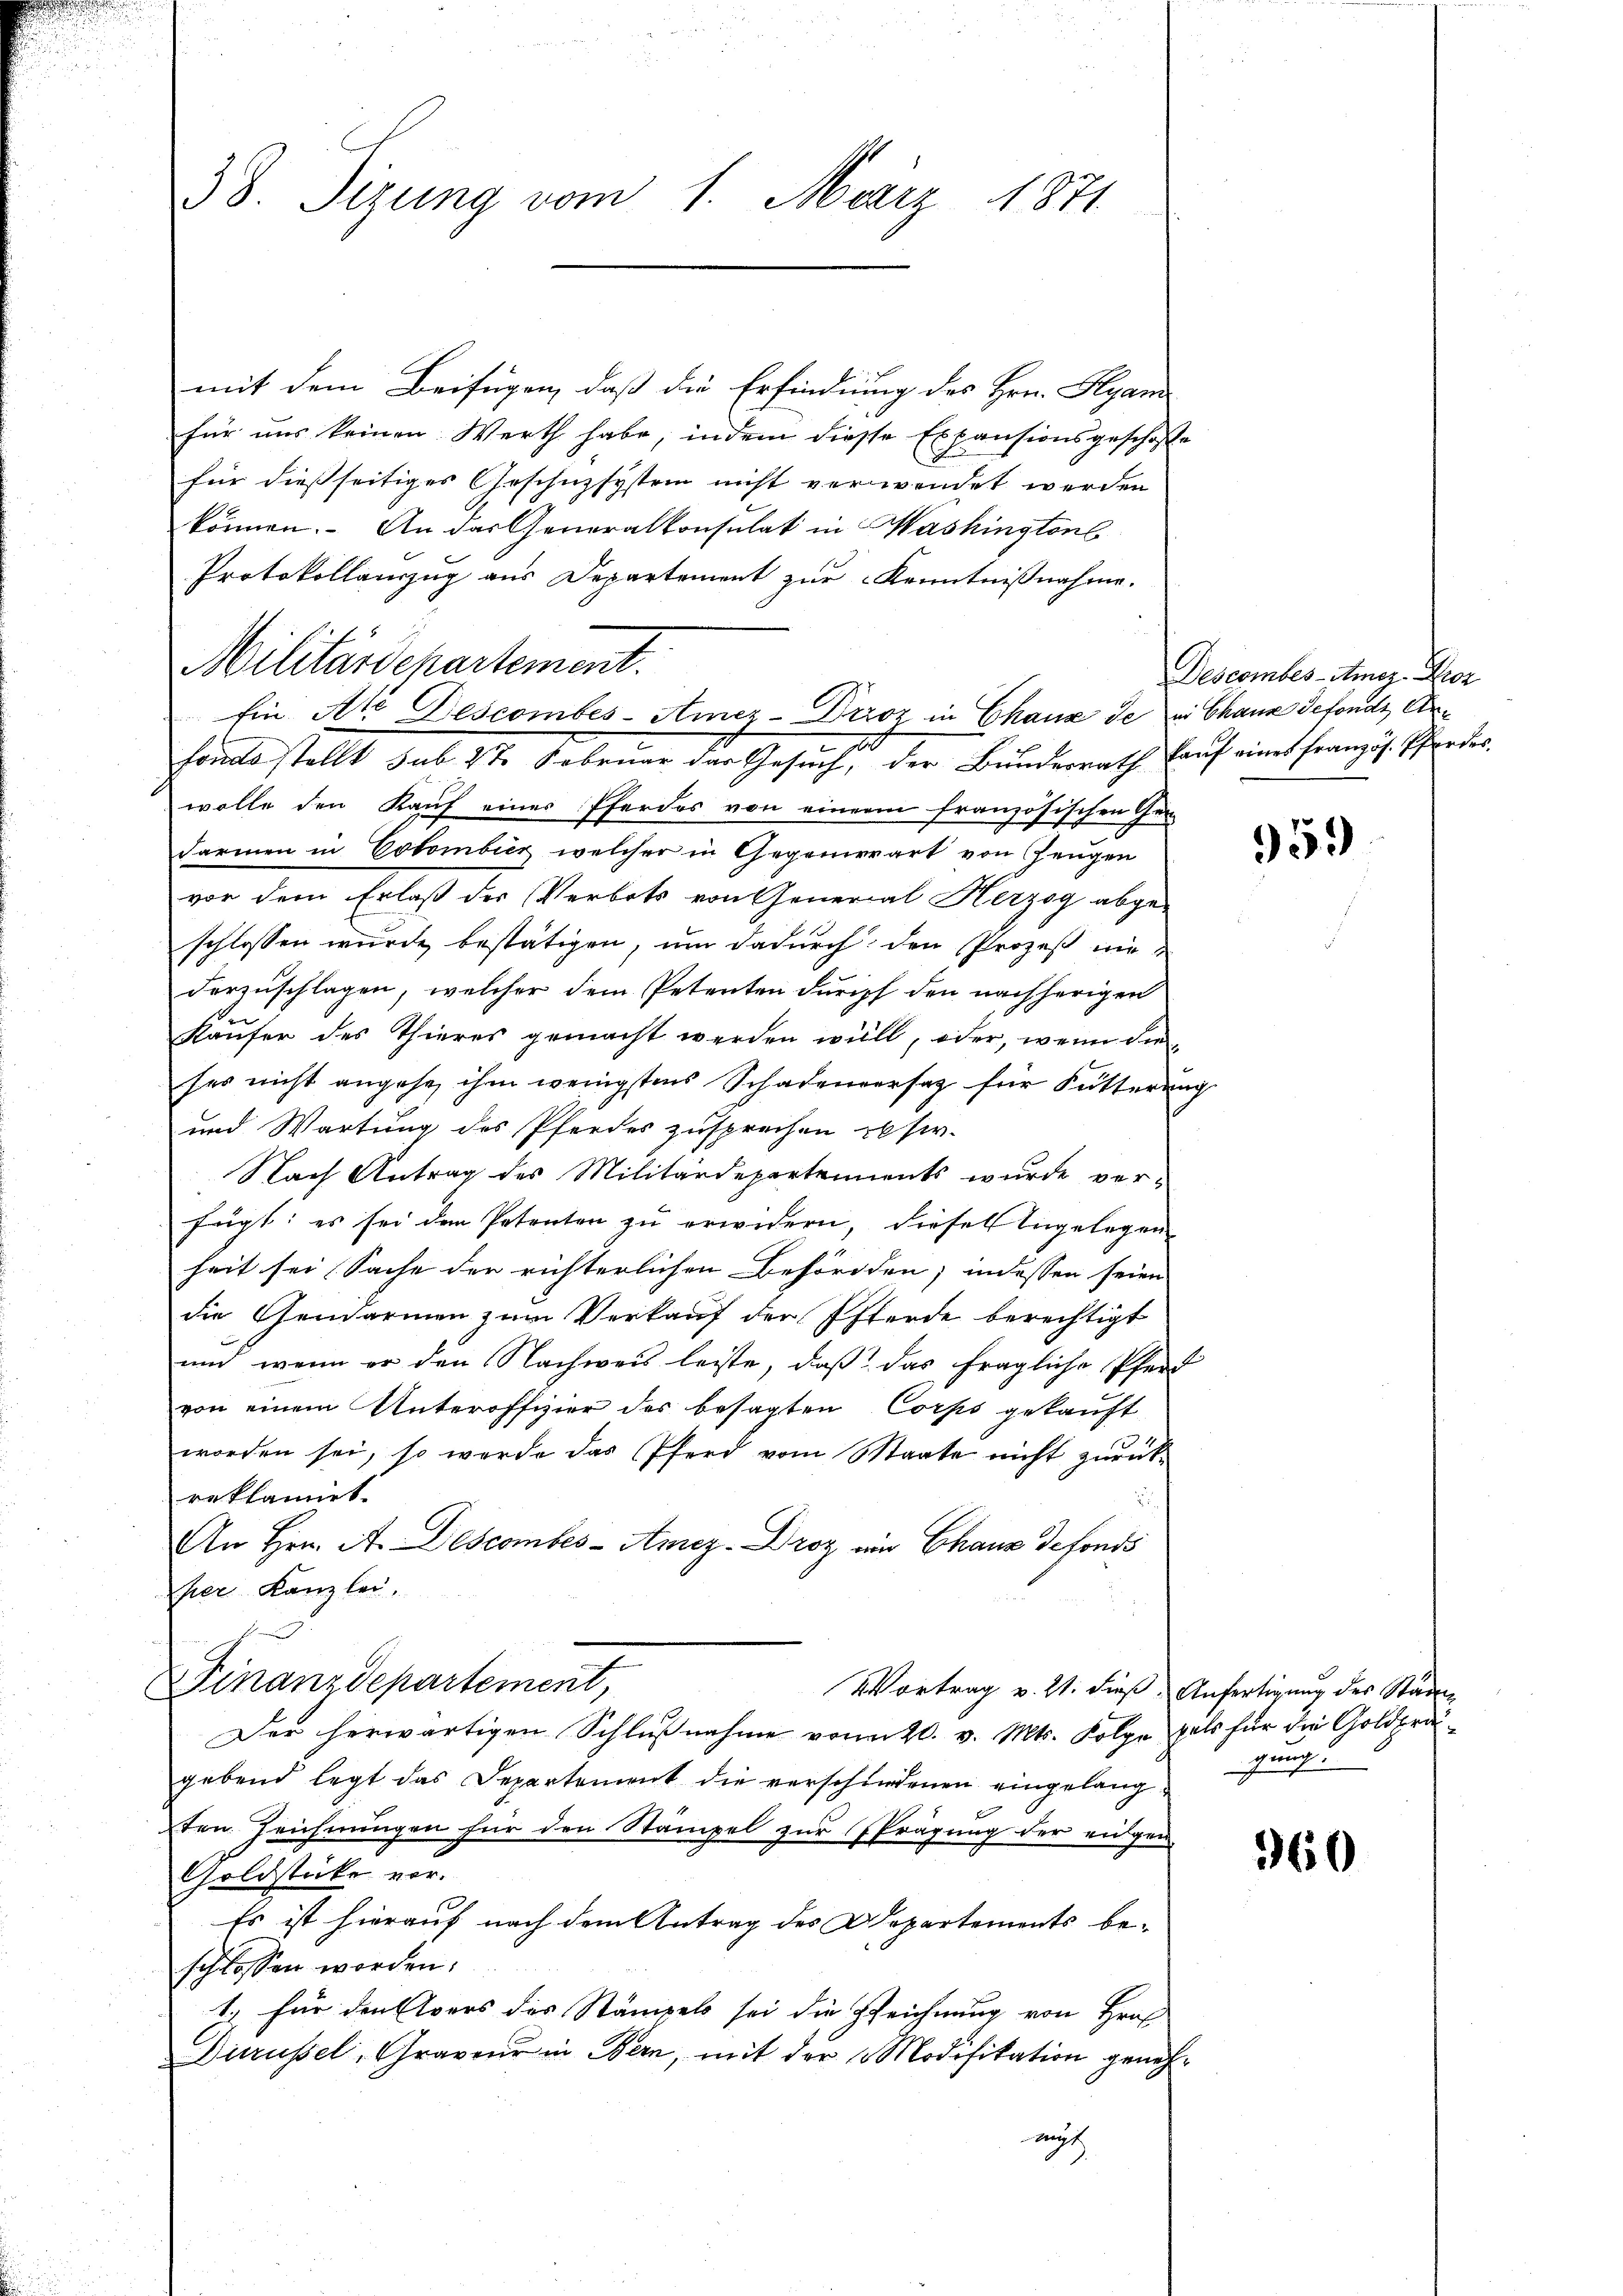
38. Sizung vom 1. März 1871

Militärdepartement.

mit dem Beifügen, daß die Erfindung des Hrn. Hlyani
für uns keinen Werth habe, indem diesse Expensionsgeschoffe
für dießseitiges Geschnzsystem nicht verwendet werden
können. An das Generalkonsulat in Washington
Protokollanzug aus Departement zur Kenntnißnahme.
wolle den Kauf eines Pferdes von einem französischen Gen
darmen in Colombier, welcher in Gegenwart von Zeugen
vor dem Erlaß der Verbots von General Herzog abge-
schlossen wurde bestätigen, um dadurch den Prozeß nie-
dorzuschlagen, welcher dem Petenten durch den nachherigen
Käufer des Thieres gemacht werden will, oder, wenn dieses nicht angehe ihm wenigstens Schadenversatz für Fütterung
und Wartung des Pferdes zusprechen xxsiv-
Nach Antrag des Militärdepartements wurde ver-
fügt: es sei den Petenten zu erwidern, dieser Angelegen
heit sei Sache der richterlichen Behörden; indessen seien
die Gendarmen zum Verkaŭf der Pferde berechtigt
und wenn er den Nachweis leiste, daß das fragliche Pferd
von einem Unteroffizier des besagten Corps gekauft
worden sei, so werde das Pferd vom Staate nicht zŭrück-
reklamiet.
¬
An Hrn. A. Descombes-Amez. Droz ein Chaus defonds
per Kanzlei.
Finanzdepartement,
Vortrag v. 21. dieß. Anfertigung des Stad
Der herwärtigen Schlußnahme vom 20. v. Mts. Folge hals für die Goldprägebend legt das Departement die verschiedenen eingelangden Zeichnungen für den Stämpel zur Sprägung der eidgen
Goldstücke vor.
Es ist hierauf nach dem Antrag des Departements beschlossen worden.
1.) für den vers des Stämpels sei die Gleichnung von Hrn
Durüssel, Graveur in Bern, mit der Modifikation genehnicht

Ein At Descombes-Amez-Drroz in Chaux de in Chause defonds Arfonds stellt sub 27. Februar der Gesŭch, der Bŭndesrath kaŭf eines französ. Pferdes

Descember-Amez. Droz

959

gung

360